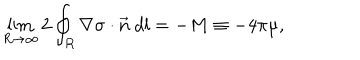
\lim _ { R \to \infty } 2 \oint _ { R } \nabla \sigma \cdot \vec { n } ~ d l = - M \equiv - 4 \pi \mu ,